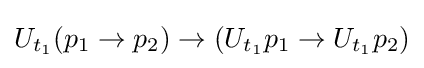
U_{t_{1}}(p_{1}\rightarrow p_{2})\rightarrow (U_{t_{1}}p_{1}\rightarrow U_{t_{1}}p_{2})